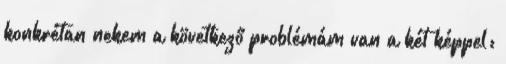
konkrétan nekem a következő problémám van a két képpel: